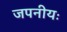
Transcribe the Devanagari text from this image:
जपनीयः